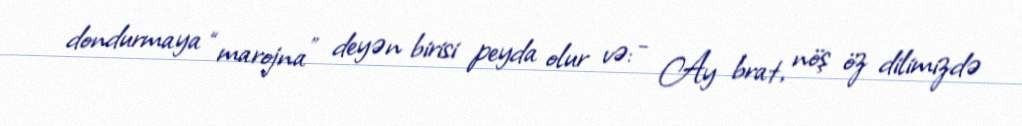
dondurmaya “marojna” deyən birisi peyda olur və: - Ay brat, nöş öz dilimizdə